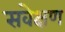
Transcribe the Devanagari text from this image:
सवेक्षण